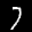
Label: 7